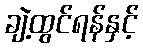
ချဲ့ထွင်ရန်နှင့်